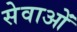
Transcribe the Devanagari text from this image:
सेवाओंं